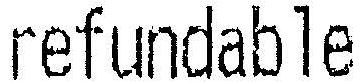
REFUNDABLE